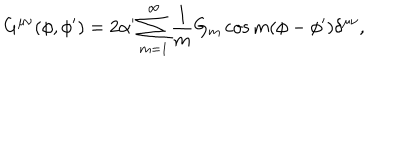
G ^ { \mu \nu } ( \phi , \phi ^ { \prime } ) = 2 \alpha ^ { \prime } \sum _ { m = 1 } ^ { \infty } \frac { 1 } { m } G _ { m } \cos m ( \phi - \phi ^ { \prime } ) \delta ^ { \mu \nu } ,